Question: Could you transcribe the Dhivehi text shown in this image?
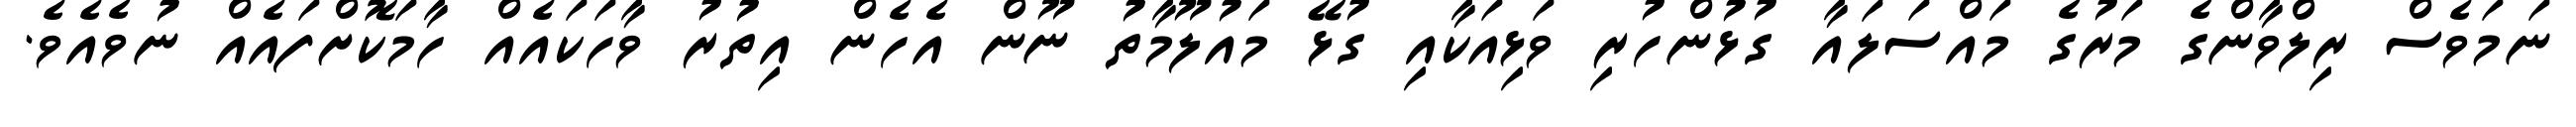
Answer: ނަމަވެސް ރިލްވާންގެ މަރުގެ މައްސަލައާ ގުޅުންހުރި ވަޅިއަކާއި ގުޅޭ މައުލޫމާތު ނޫން އެހެން އިތުރު ވާހަކައެއް ހާމަކޮށްފައެއް ނުވެއެވެ.